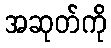
အဆုတ်ကို